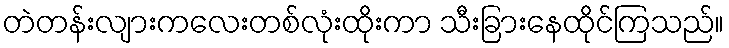
တဲတန်းလျားကလေးတစ်လုံးထိုးကာ သီးခြားနေထိုင်ကြသည်။